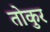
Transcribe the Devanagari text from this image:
तोकुर